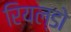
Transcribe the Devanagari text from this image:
रियल्डो